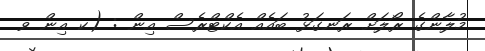
މުލާންގެ ރޯލަށް ރަނގަޅު ބައެއް އެކްޓްރެސް އިން : (ކ އިން ވ